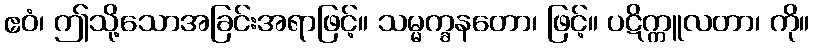
ဧဝံ၊ ဤသို့သောအခြင်းအရာဖြင့်။ သမ္မက္ခနတော၊ ဖြင့်။ ပဋိက္ကူလတာ၊ ကို။